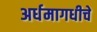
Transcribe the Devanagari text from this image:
अर्धमागधीचे